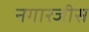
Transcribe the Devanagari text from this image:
नगारजीस